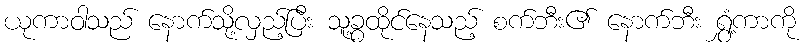
ယုကာဝါသည် နောက်သို့လှည့်ပြီး သူ့ခွထိုင်နေသည့် စက်ဘီး၏ နောက်ဘီး ရွှံ့ကာကို